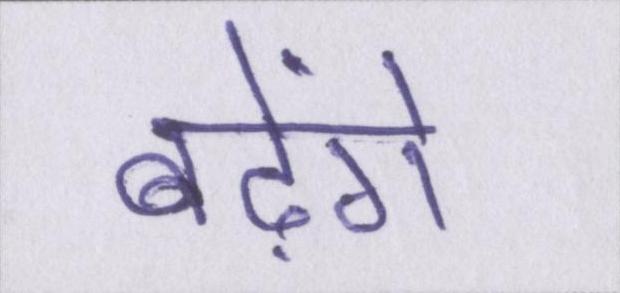
बढ़ेंगे